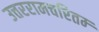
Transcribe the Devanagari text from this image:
उत्तररामचरितम्‍